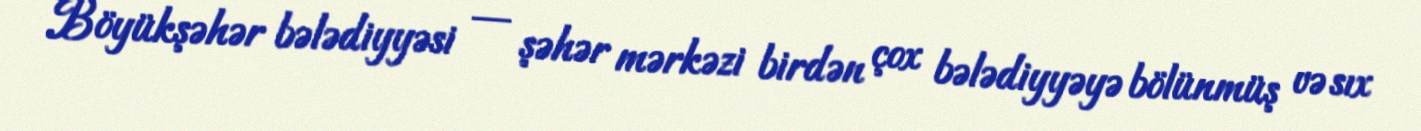
Böyükşəhər bələdiyyəsi — şəhər mərkəzi birdən çox bələdiyyəyə bölünmüş və sıx